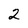
Character: 2